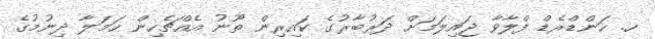
ހ. ހަންޑްރެޑް ފްލާވާ ޖައިލަމަށް ދަރުބާރުގެ ކައިރިން ތޫނު އެއްޗެހިން ހަމަލާ ދިނުމުގެ